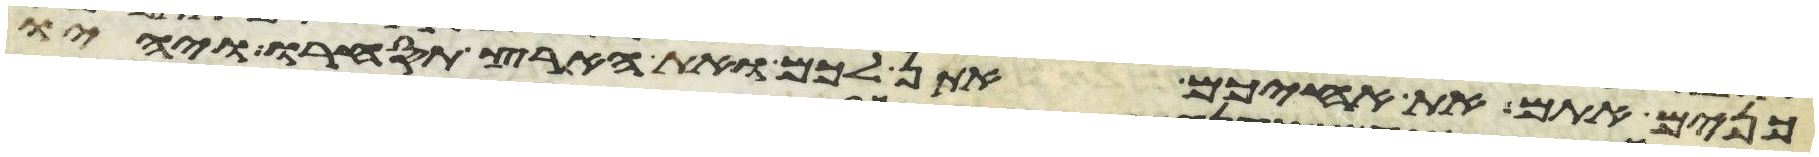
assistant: כנים אתם את אחיכם אתן לכם ואת הארץ תסחרו ויהיו